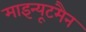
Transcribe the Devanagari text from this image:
माइन्यूटमैन